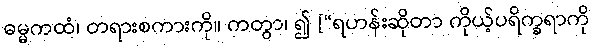
ဓမ္မကထံ၊ တရားစကားကို။ ကတွာ၊ ၍ [“ရဟန်းဆိုတာ ကိုယ့်ပရိက္ခရာကို